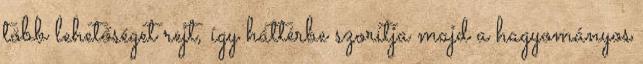
több lehetőséget rejt, így háttérbe szorítja majd a hagyományos